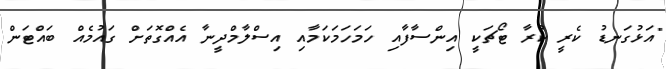
"އަޅުގަނޑު ކެރީ ކުރާ ޓޯޗަކީ އިންސާފާއި ހަމަހަމަކަމާއި އިސްލާމްދީނާ އެއްގޮތަށް ގައުމެއް ބައްޓަން